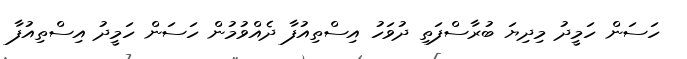
ހަސަން ހަމީދު މިދިޔަ ބުރާސްފަތި ދުވަހު އިސްތިއުފާ ދެއްވުމުން ހަސަން ހަމީދު އިސްތިއުފާ